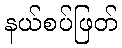
နယ်စပ်ဖြတ်